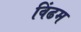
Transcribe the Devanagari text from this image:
विंढम